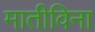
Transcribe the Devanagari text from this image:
मातीविना